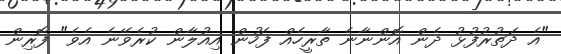
"އެ ދަތުރުފުޅު ދެން އޮންނާނެ ތާރީހެއް ފަހުން އިއުލާން ކުރެވޭނެ އެވެ" ފޮރިން